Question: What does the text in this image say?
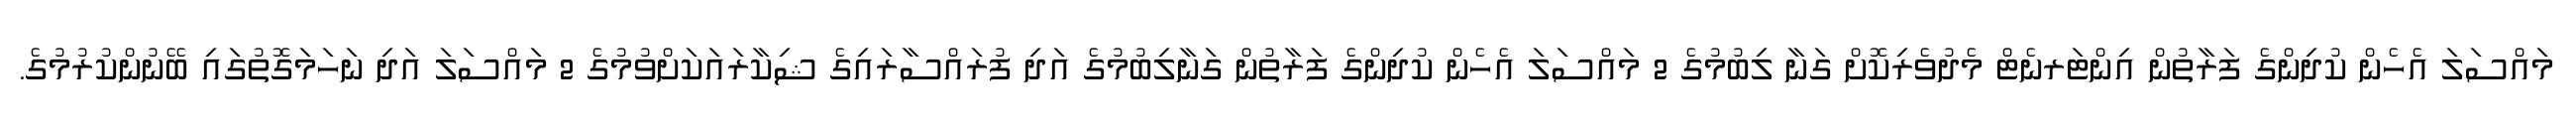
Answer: މައްސަލަ އެހެން ކުދިންގެ ފަރާތުން އިންޓަރނެޓް މެދުވެރިކޮށް ގަނާ ލިބުމުގެ 2 މައްސަލަ އެހެން ކުދިންގެ ފަރާތުން ގަނާލިބުމުގެ އަދި ފުރައްސާރައިގެ ޝިކާރައަކަށްވުމުގެ 2 މައްސަލަ އަދި ނަހަމަގޮތުގައި ބޭނުންކުރުމުގެ.